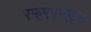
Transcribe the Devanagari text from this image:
एफ्‌एएम्‌एस